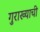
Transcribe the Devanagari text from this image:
गुराख्याची